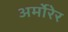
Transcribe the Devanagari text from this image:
अर्मोरेर